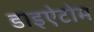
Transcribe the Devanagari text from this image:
डाइऐटोम